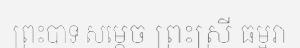
ព្រះបាទ សម្តេច ព្រះស្រី ធម្មរា